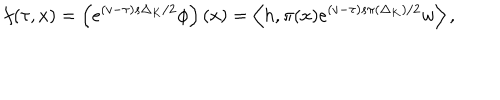
f ( \tau , x ) = \left( e ^ { ( v - \tau ) s \Delta _ { K } / 2 } \phi \right) \left( x \right) = \left\langle h , \pi ( x ) e ^ { ( v - \tau ) s \pi \left( \Delta _ { K } \right) / 2 } w \right\rangle ,